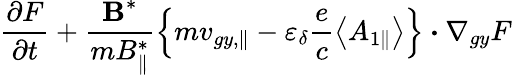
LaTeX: \frac{\partial F}{\partial t}+\frac{\textbf{B}^{*}}{mB_{\parallel}^{*}}\left\{ m{v}_{gy,\parallel}-\varepsilon_{\delta}\frac{e}{c}\left<A_{1\parallel}\right>\right\} \boldsymbol{\cdot}\nabla_{gy}F